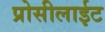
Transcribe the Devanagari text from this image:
प्रोसीलाईट